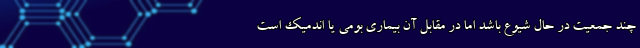
چند جمعیت در حال شیوع باشد اما در مقابل آن بیماری بومی یا اندمیک است